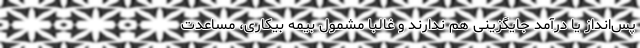
پس‌انداز یا درآمد جایگزینی هم ندارند و غالبا مشمول بیمه بیکاری، مساعدت